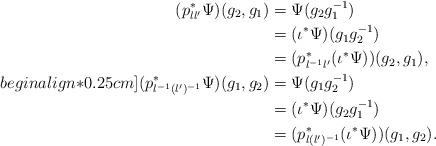
LaTeX: \begin{align*}(p^{*}_{ll'}\Psi)(g_{2},g_{1}) & = \Psi(g_{2}g^{-1}_{1}) \\ & = (\iota^{*}\Psi)(g_{1}g^{-1}_{2}) \\ & = (p^{*}_{l^{-1}l'}(\iota^{*}\Psi))(g_{2},g_{1}), \\begin{align*}0.25cm](p^{*}_{l^{-1}(l')^{-1}}\Psi)(g_{1},g_{2}) & = \Psi(g_{1}g^{-1}_{2}) \\ & = (\iota^{*}\Psi)(g_{2}g^{-1}_{1}) \\ & = (p^{*}_{l(l')^{-1}}(\iota^{*}\Psi))(g_{1},g_{2}).\end{align*}